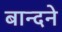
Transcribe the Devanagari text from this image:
बान्दने